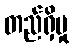
တည်ရှိမှု